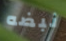
نبضه